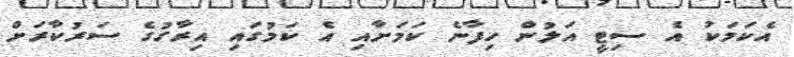
އެކަމަކު އެ ސިޓީ އަލުން ހިފާނެ ކަމަށާއި އެ ކަމުގައި އިރާގުގެ ސަރުކާރަށް